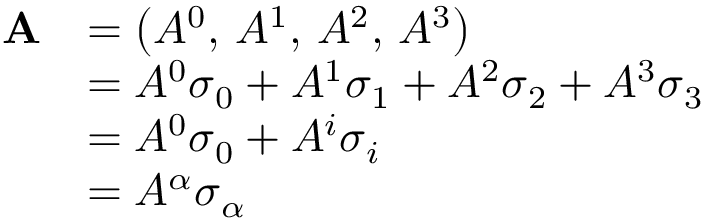
{ \begin{array} { r l } { \mathbf { A } } & { = \left( A ^ { 0 } , \, A ^ { 1 } , \, A ^ { 2 } , \, A ^ { 3 } \right) } \\ & { = A ^ { 0 } { \boldsymbol { \sigma } } _ { 0 } + A ^ { 1 } { \boldsymbol { \sigma } } _ { 1 } + A ^ { 2 } { \boldsymbol { \sigma } } _ { 2 } + A ^ { 3 } { \boldsymbol { \sigma } } _ { 3 } } \\ & { = A ^ { 0 } { \boldsymbol { \sigma } } _ { 0 } + A ^ { i } { \boldsymbol { \sigma } } _ { i } } \\ & { = A ^ { \alpha } { \boldsymbol { \sigma } } _ { \alpha } } \end{array} }